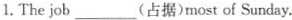
1.The job___(占据)most of Sunday.